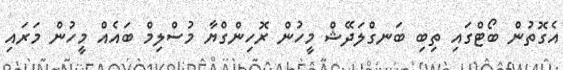
އެގޮތުން ބޯޓްގައި ތިބި ބަނގްލަދޭޝް މީހުން ރޮހިންގްޔާ މުސްލިމް ބައެއް މީހުން މަރައި